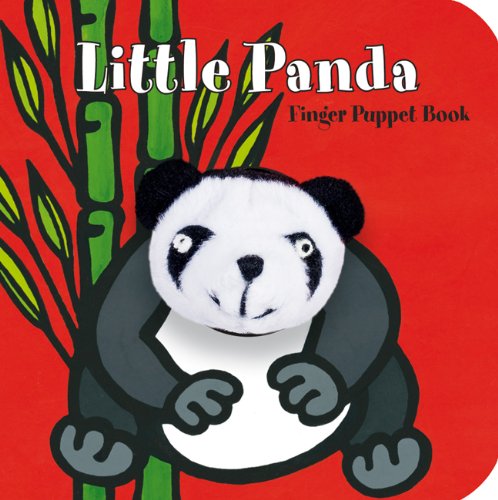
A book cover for Little Panda: Finger Puppet Book (Little Finger Puppet Board Books); ImageBooks; Children's Books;